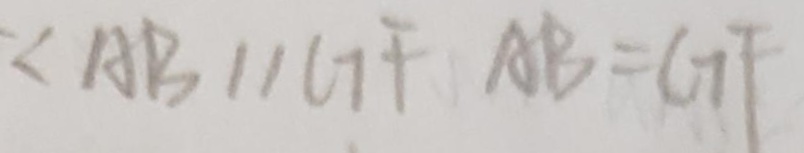
\angle A B B / / G F A B = G F